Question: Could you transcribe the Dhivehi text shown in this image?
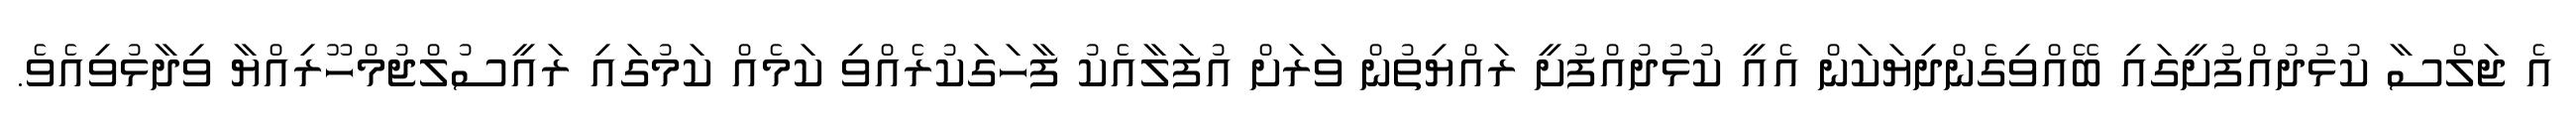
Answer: އެ ޖަލްސާ ކުޅުދުއްފުށީގައި ބޭއްވިގެންދިޔަކަން އެއީ ކުޅުދުއްފުށީ ރައްޔިތުން ވަރަށް އުފަލާއެކު ފާހަގަކުރެއްވި ކަމެއް ކަމުގައި ރައީސުލްޖުމްހޫރިއްޔާ ވިދާޅުވިއެވެ.